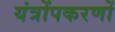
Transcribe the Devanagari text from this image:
यंत्रोंपकरणों